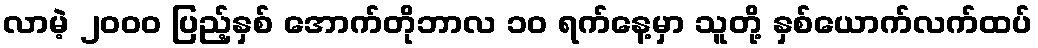
လာမဲ့ ၂၀၀၀ ပြည့်နှစ် အောက်တိုဘာလ ၁၀ ရက်နေ့မှာ သူတို့ နှစ်ယောက်လက်ထပ်